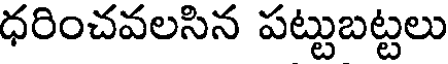
ధరించవలసిన పట్టుబట్టలు